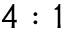
4 : 1